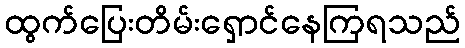
ထွက်ပြေးတိမ်းရှောင်နေကြရသည်